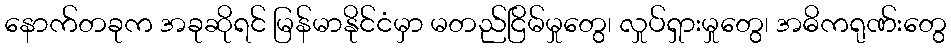
နောက်တခုက အခုဆိုရင် မြန်မာနိုင်ငံမှာ မတည်ငြိမ်မှုတွေ၊ လှုပ်ရှားမှုတွေ၊ အဓိကရုဏ်းတွေ